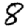
Digit: 8